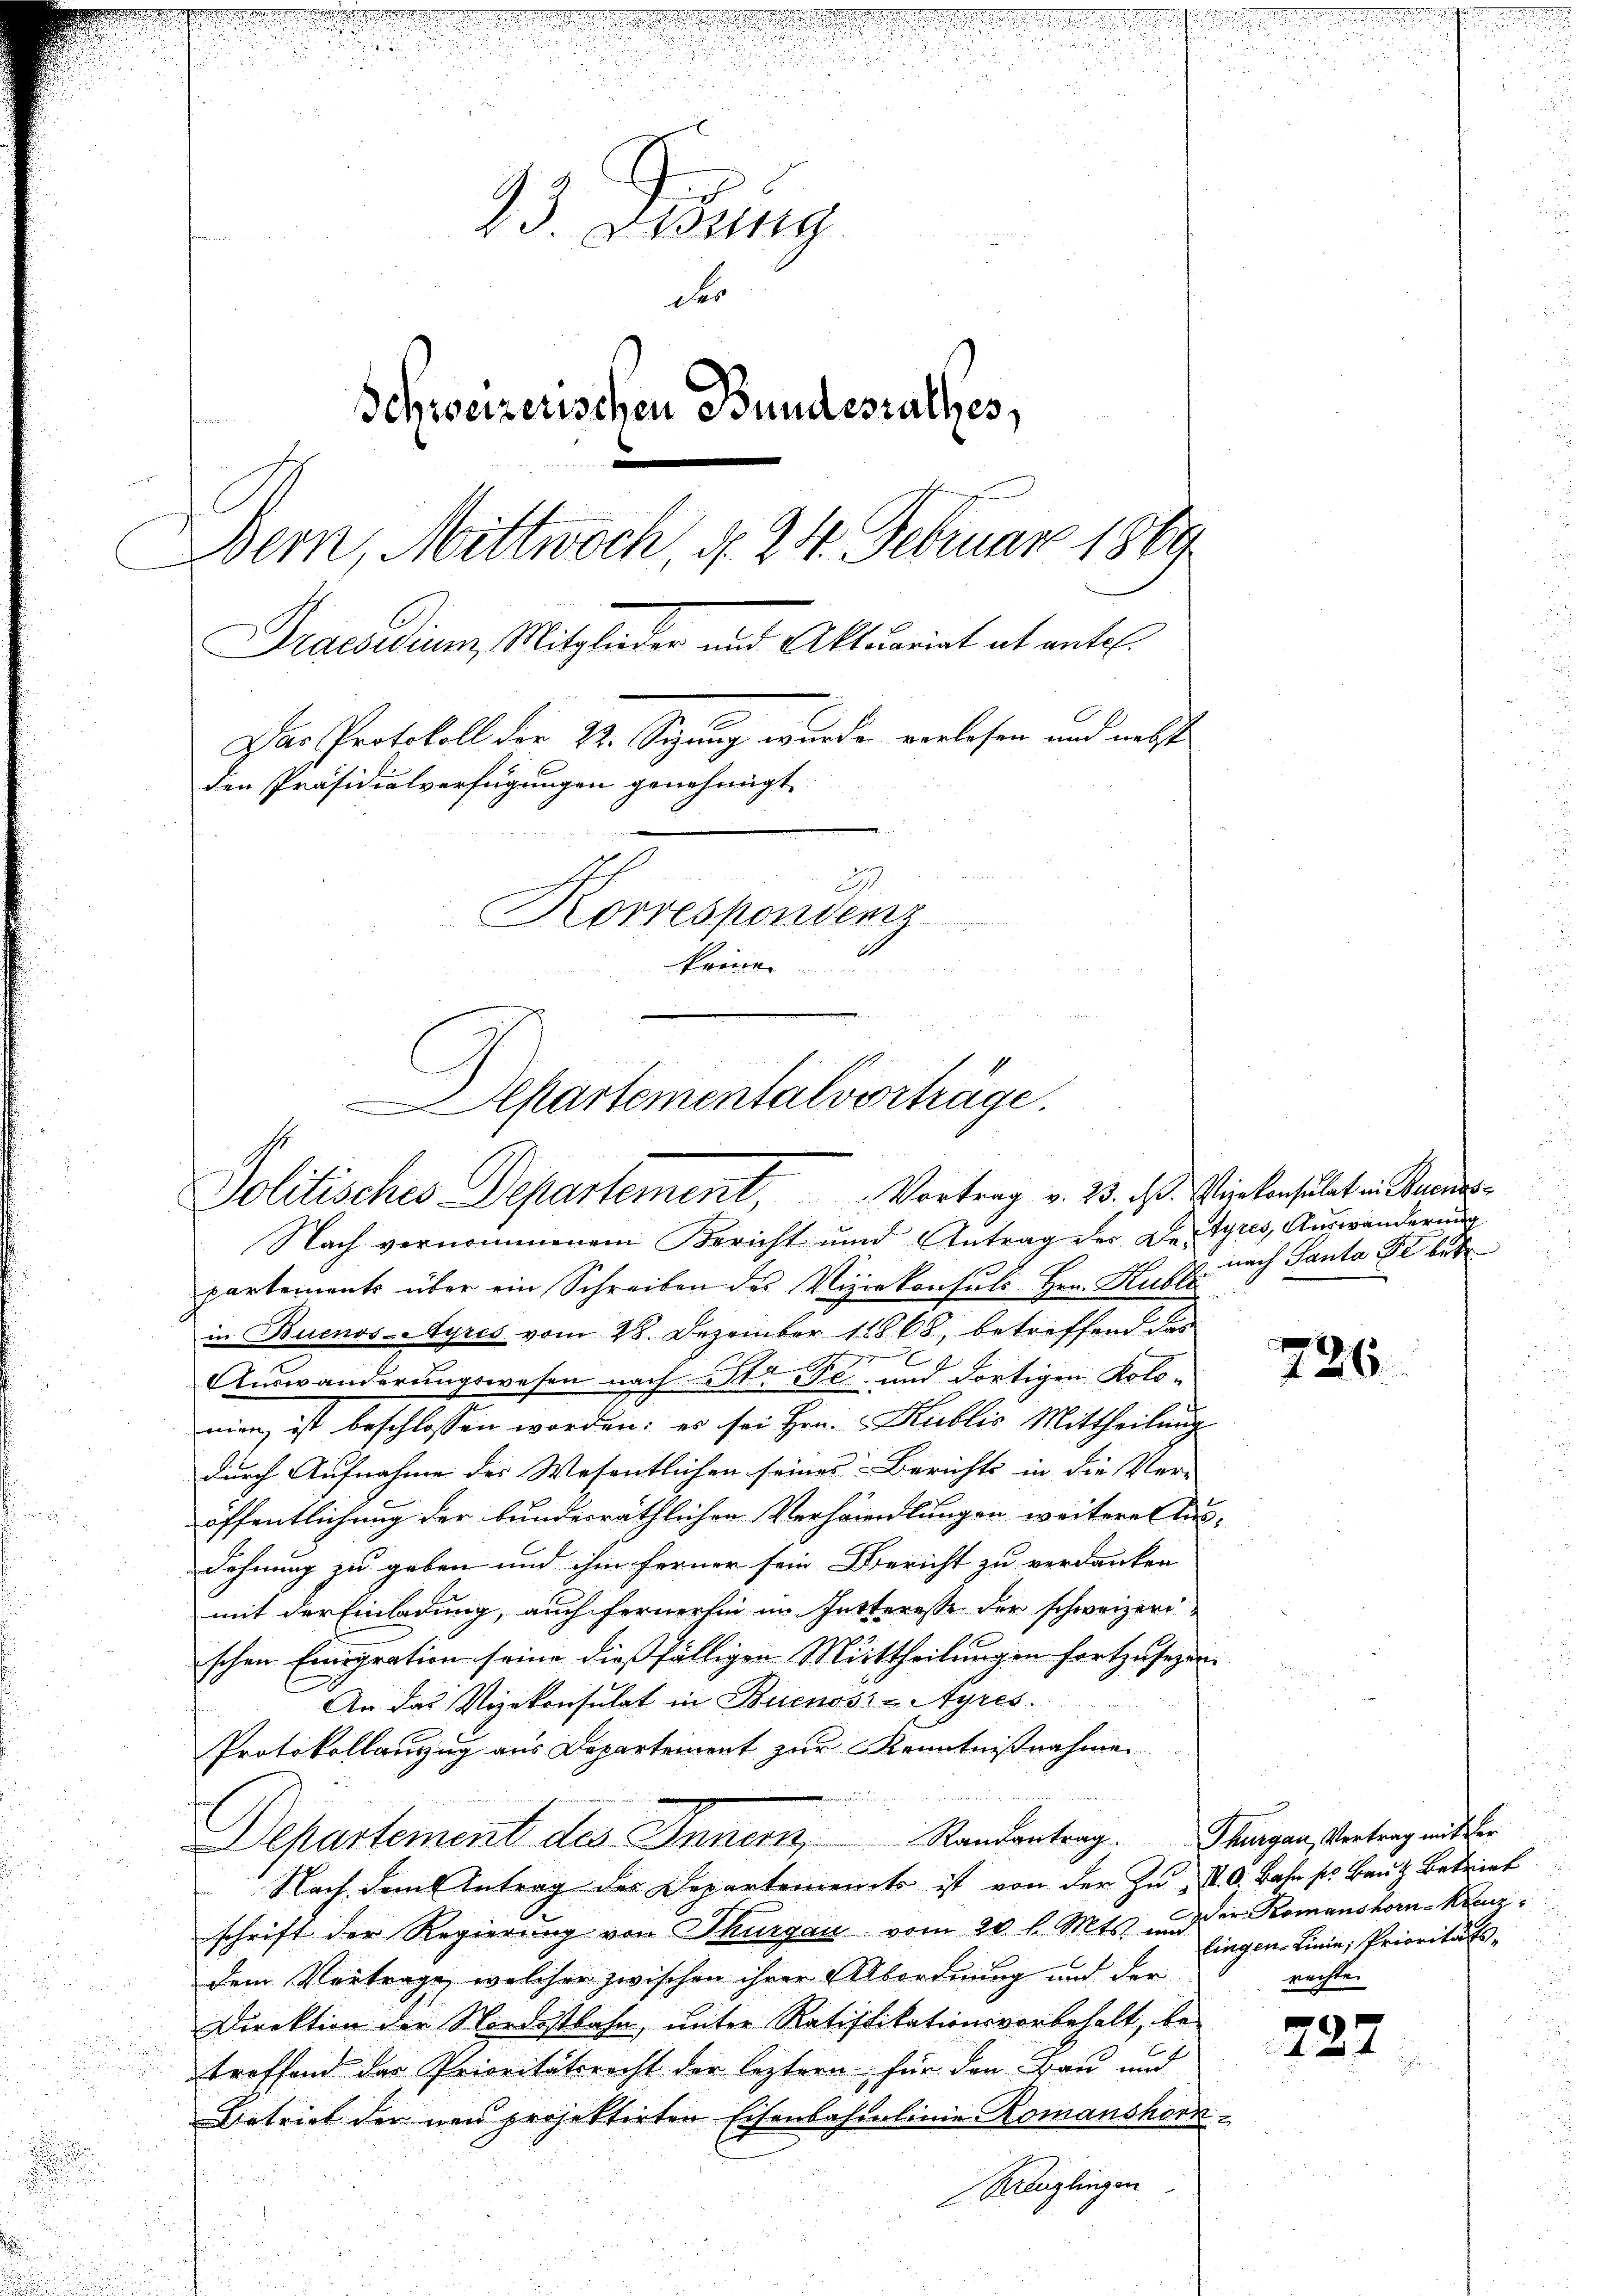
e
S

f
23. Denung
der
Schweizerischen Bundesrathes,
Bern, Mittwoch, d. 24. Februar 1889.
Praesidium, Mitglieder und Aktuariat alt antel¬
Das Protokoll der 24. Setzung wurde vorlesen und nebste
den Präsidialverfügungen genehmigt.
2
Korrespondenz
 Kronen

Aepartementalverträge.
Politisches Departement, Vortrag v. 23. ds. Wir konsulat in Aus¬

Nach vernommenem Bericht und Antrag der Dartyres, Auswanderung
partements über ein Schreiben des Vizekonsuls Hrn. Huber
in Buenos-Ayres vom 28. Dezember 18868, betreffend das
dingu
Auswanderungswesen nach Str. Fr. und dortigen Kolomien ist beschlossen worden: es sei Hrn. Kublis Mittheilung
durch Aufnahme des Wesentlichen seines Berichts in die Ver- |
öffentlichung der bundesräthlichen Verhandlungen weiteres Aus-
dehnung zu geben und ihm ferner sein Bericht zu verdanken
mit der Einladung, auch fernerhin im Intteresse der schweizerischen Emigration seine dießfälligen Mittheilungen fortzusehen
An das Vizekonsulat in Buenos-Ayres
Protokollanzug aus Departement zur Kenntnißnahme
Departement des Innern, Randantrag. Thurgau, Vortrag mit er
Nach dem Antrag des Departements ist von der zu, d. d. Bahn so baut Betrieb
schrift der Regierung von Thurgau vom 20. d. Mts. und der Komanshorn-Kanzdem Vertrage, welcher zwischen ihrer Abordnung und der
Direktion der Nordostbahn, unter Ratifikationsvorbehalt, be-
treffend der Prioritätsrecht der leztern für den Bau und
Betrief der neu projektirten Eisenbahnlinie Romanshorn
Ringlingen

nach Santa de betr

226.

lingen Linie, Prioritäts-
u
rachte.

222